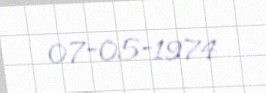
07-05-1974